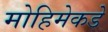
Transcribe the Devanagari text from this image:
मोहिमेकडे